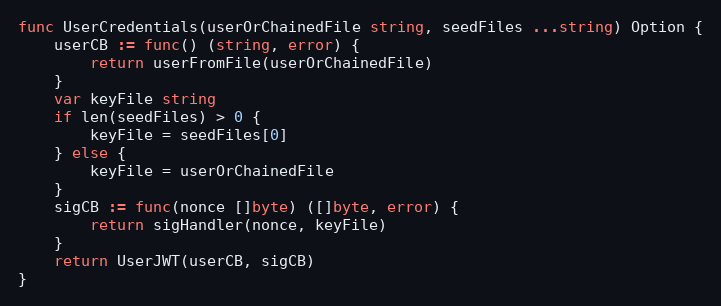
Language: Go
func UserCredentials(userOrChainedFile string, seedFiles ...string) Option {
	userCB := func() (string, error) {
		return userFromFile(userOrChainedFile)
	}
	var keyFile string
	if len(seedFiles) > 0 {
		keyFile = seedFiles[0]
	} else {
		keyFile = userOrChainedFile
	}
	sigCB := func(nonce []byte) ([]byte, error) {
		return sigHandler(nonce, keyFile)
	}
	return UserJWT(userCB, sigCB)
}